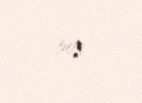
503